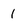
Character: 1